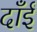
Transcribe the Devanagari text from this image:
दाँईं